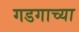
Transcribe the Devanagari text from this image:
गडगाच्या